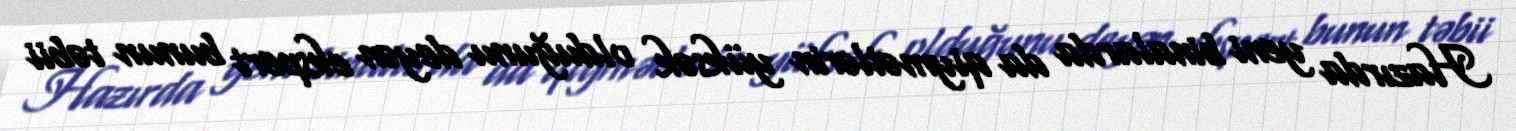
Hazırda yeni binalarda da qiymətlərin yüksək olduğunu deyən ekspert bunun təbii